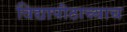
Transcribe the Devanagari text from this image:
विद्यापीठाच्याच